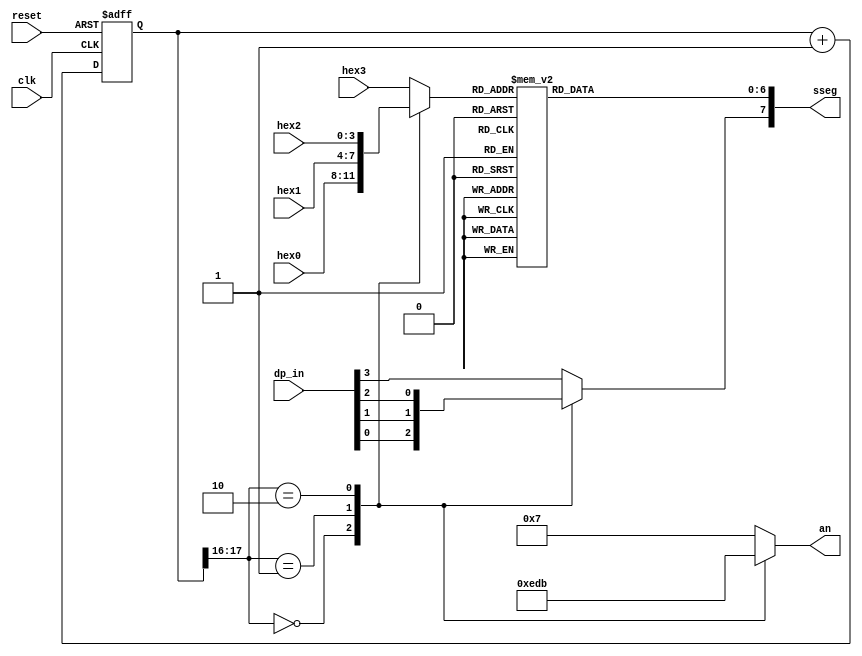
`timescale 1ns / 1ps
//////////////////////////////////////////////////////////////////////////////////
// Company: 
// Engineer: 
// 
// Design Name: 
// Module Name:    codigo 
// Project Name: 
// Target Devices: 
// Tool versions: 
// Description: 
//
// Dependencies: 
//
// Revision: 
// Revision 0.01 - File Created
// Additional Comments: 
//
//////////////////////////////////////////////////////////////////////////////////
module disp_hex_mux
(
input wire clk, reset,
input wire [3:0] hex3, hex2, hex1, hex0, //Digitos hexadecimales
input wire [3:0] dp_in, //Para los puntos del 7 segmentos
output reg [3:0] an, //Activa 1 de los 4 displays
output reg [7:0] sseg // Los LEDs

);

	// Declaracion de constantes
	// Refrescando la frecuencia de la seal

	localparam N=18;


	//Declaracion interna de seales

	reg [N-1:0] q_reg;
	wire [N-1:0] q_next;
	reg [3:0] hex_in;
	reg dp;

	// Contador de N-bits
	//registro

	always @(posedge clk, posedge reset)
		if (reset)
			q_reg <= 0;
		else
			q_reg <=q_next;

		//Siguiente estado logico
		assign q_next = q_reg+1'b1;

		// Toma los 2 MSB del contador para controlar la multiplexacin 4:1
		// y para generar la seal de activacion

		always @*
			case (q_reg[N-1:N-2])
			2'b00:
				begin
				an=4'b1110;
				hex_in = hex0;
				dp = dp_in[0];
				end
			2'b01:
				begin
				an=4'b1101;
				hex_in = hex1;
				dp = dp_in[1];
				end
			2'b10:
				begin
				an=4'b1011;
				hex_in = hex2;
				dp = dp_in[2];
				end
			default:
				begin
					an = 4'b0111;
					hex_in=hex3;
					dp=dp_in[3];
				end
			endcase

		//Digitos hexa al display del 7segmentos

		always @*
			begin
			case(hex_in)
				4'h0: sseg[6:0] = 7'b0000001;
				4'h1: sseg[6:0] = 7'b1001111;
				4'h2: sseg[6:0] = 7'b0010010;
				4'h3: sseg[6:0] = 7'b0000110;
				4'h4: sseg[6:0] = 7'b1001100;
				4'h5: sseg[6:0] = 7'b0100100;
				4'h6: sseg[6:0] = 7'b0100000;
				4'h7: sseg[6:0] = 7'b0001111;
				4'h8: sseg[6:0] = 7'b0000000;
				4'h9: sseg[6:0] = 7'b0000100;
				4'ha: sseg[6:0] = 7'b0001000;
				4'hb: sseg[6:0] = 7'b1100000;
				4'hc: sseg[6:0] = 7'b0110001;
				4'hd: sseg[6:0] = 7'b1000010;
				4'he: sseg[6:0] = 7'b0110000;
				default: sseg[6:0] = 7'b0111000;
			endcase
			sseg[7] =dp;
			end
endmodule